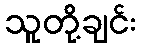
သူတို့ချင်း